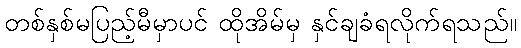
တစ်နှစ်မပြည့်မီမှာပင် ထိုအိမ်မှ နှင်ချခံရလိုက်ရသည်။